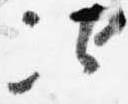
次